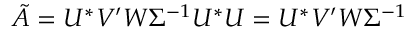
\tilde { A } = U ^ { * } V ^ { \prime } W \Sigma ^ { - 1 } U ^ { * } U = U ^ { * } V ^ { \prime } W \Sigma ^ { - 1 }